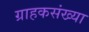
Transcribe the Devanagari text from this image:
ग्राहकसंख्या